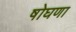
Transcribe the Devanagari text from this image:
षोघणा